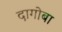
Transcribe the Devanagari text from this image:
दागोबा